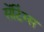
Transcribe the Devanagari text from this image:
सेंटिंग्स